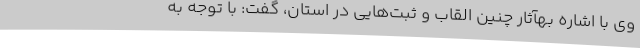
وی با اشاره بهآثار چنین القاب و ثبت‌هایی در استان، گفت: با توجه به